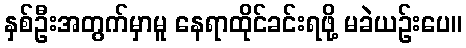
နှစ်ဦးအတွက်မှာမူ နေရာထိုင်ခင်းရဖို့ မခဲယဉ်းပေ။